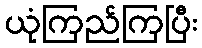
ယုံကြည်ကြပြီး